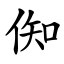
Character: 倁